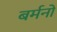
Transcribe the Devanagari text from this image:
बर्मनों